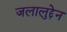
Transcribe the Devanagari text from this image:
जलालुद्देन